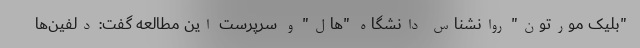
"بلیک مورتون" روانشناس دانشگاه "هال" و سرپرست این مطالعه گفت: دلفین‌ها